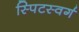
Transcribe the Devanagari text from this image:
स्पिटस्वर्ग